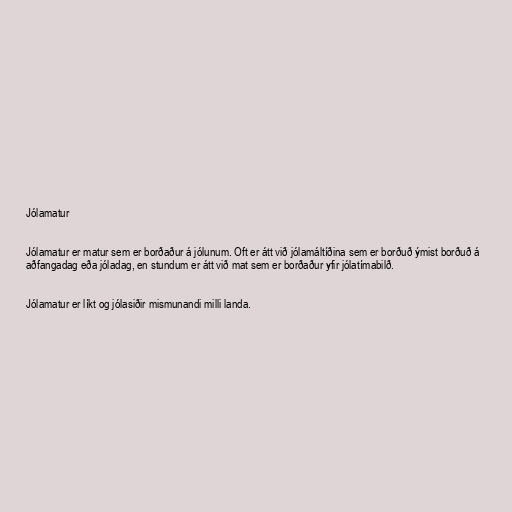
Jólamatur

Jólamatur er matur sem er borðaður á jólunum. Oft er átt við jólamáltíðina sem er borðuð ýmist borðuð á
aðfangadag eða jóladag, en stundum er átt við mat sem er borðaður yfir jólatímabilð.

Jólamatur er líkt og jólasiðir mismunandi milli landa.